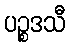
ပဉ္စဒသီ